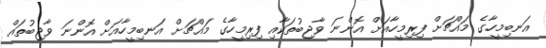
އަނބިމީހާގެ މައްޗަށް ފިރިމީހާއަށް އޮންނަ ވާޖިބުތަކާއި ފިރިމީހާގެ މައްޗަށް އަނބިމީހާއަށް އޮންނަ ވާޖިބުތައް